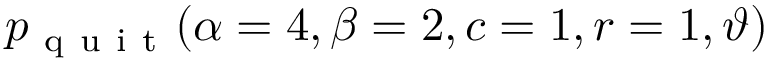
\displaystyle p _ { \mathrm { ~ q ~ u ~ i ~ t ~ } } ( \alpha = 4 , \beta = 2 , c = 1 , r = 1 , \vartheta )